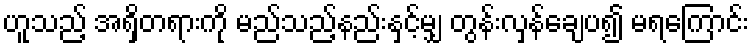
ဟူသည့် အရှိတရားကို မည်သည့်နည်းနှင့်မျှ တွန်းလှန်ချေပ၍ မရကြောင်း